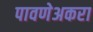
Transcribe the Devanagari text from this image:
पावणेअकरा